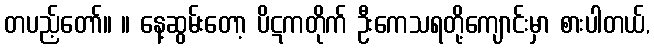
တပည့်တော်။ ။ နေ့ဆွမ်းတော့ ပိဋကတိုက် ဦးကေသရတို့ကျောင်းမှာ စားပါတယ်,